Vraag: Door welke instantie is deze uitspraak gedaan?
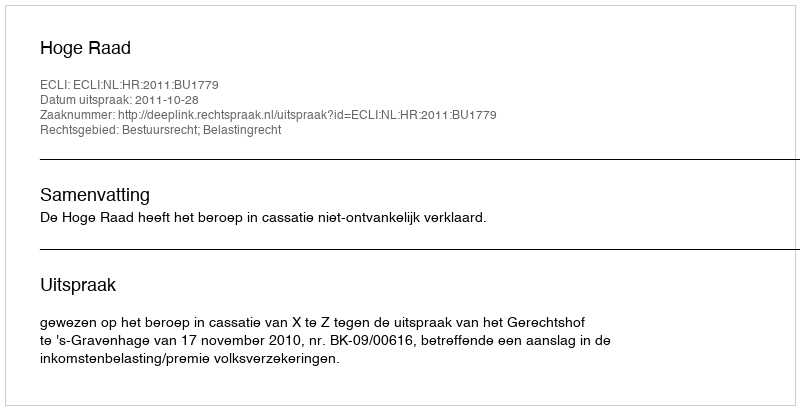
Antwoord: Hoge Raad